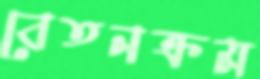
বেতনক্রম